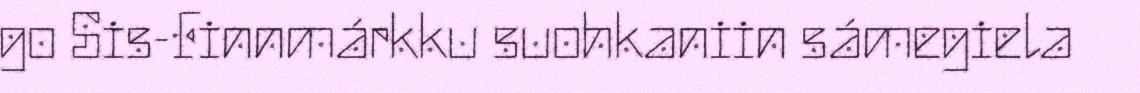
go Sis-Finnmárkku suohkaniin sámegiela